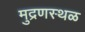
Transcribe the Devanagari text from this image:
मुद्रणस्थळ